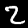
Digit: 2